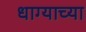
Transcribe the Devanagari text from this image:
धाग्याच्या